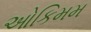
ઓકિમમ